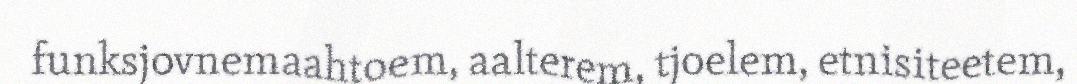
funksjovnemaahtoem, aalterem, tjoelem, etnisiteetem,